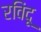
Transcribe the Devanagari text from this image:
रविंदू